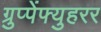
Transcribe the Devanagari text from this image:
ग्रुप्पेंफ्युहरर